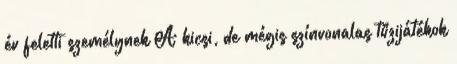
év feletti személynek A kicsi, de mégis színvonalas tűzijátékok